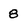
Character: 8